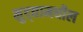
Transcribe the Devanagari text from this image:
मुद्द्यामधील